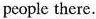
people there.